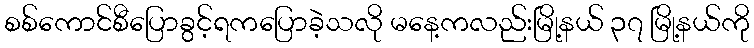
စစ်ကောင်စီပြောခွင့်ရကပြောခဲ့သလို မနေ့ကလည်းမြို့နယ် ၃၇ မြို့နယ်ကို